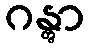
ဂန္တွာ